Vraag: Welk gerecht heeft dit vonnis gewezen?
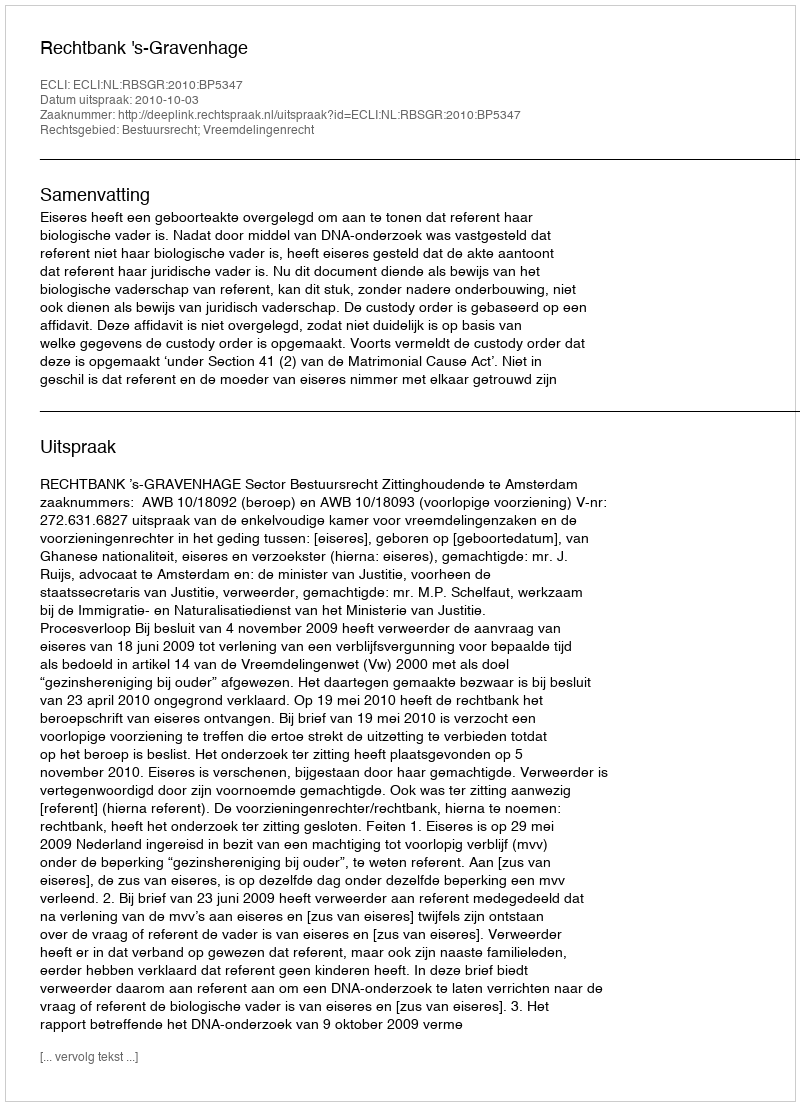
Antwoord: Rechtbank 's-Gravenhage